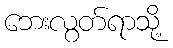
ဘေးလွတ်ရာသို့